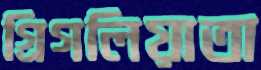
গ্রিগলিয়াতা